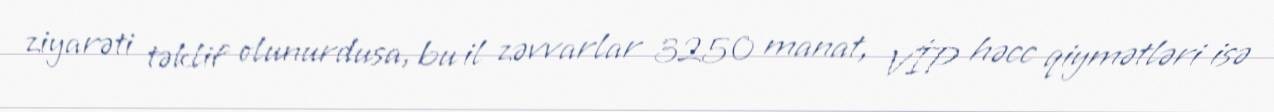
ziyarəti təklif olunurdusa, bu il zəvvarlar 3250 manat, VİP həcc qiymətləri isə